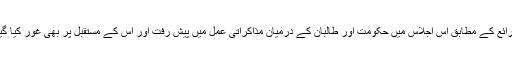
ذرائع کے مطابق اس اجلاس میں حکومت اور طالبان کے درمیان مذاکراتی عمل میں پیش رفت اور اس کے مستقبل پر بھی غور کیا گیا۔